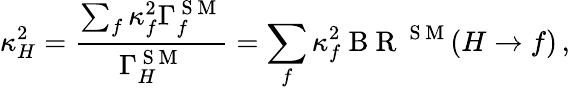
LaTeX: \kappa_{H}^{2}=\frac{\sum_{f}\kappa_{f}^{2}\Gamma_{f}^{\mathrm{~S~M~}}}{\Gamma_{H}^{\mathrm{~S~M~}}}=\sum_{f}\kappa_{f}^{2}\mathrm{~B~R~}^{\mathrm{~S~M~}}(H\to f)\, ,